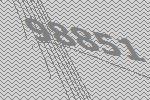
98851